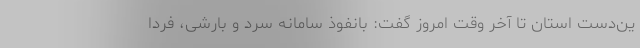
ین‌دست استان تا آخر وقت امروز گفت: بانفوذ سامانه سرد و بارشی، فردا